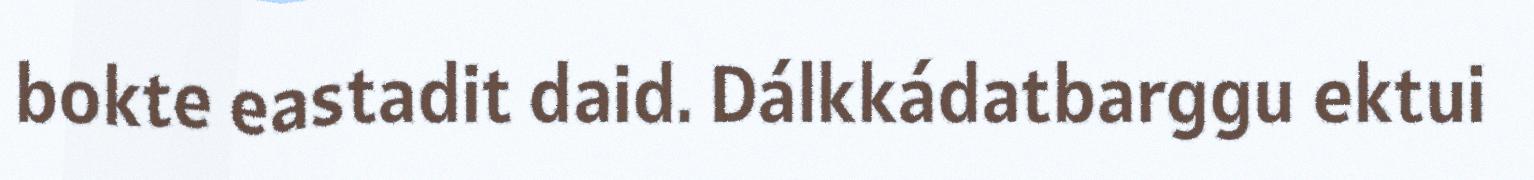
bokte eastadit daid. Dálkkádatbarggu ektui